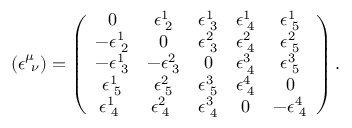
( { \epsilon } _ { \ \nu } ^ { \mu } ) = \left( \begin{array} { c c c c c } { { 0 } } & { { \epsilon _ { \, \, 2 } ^ { 1 } } } & { { \epsilon _ { \, \, 3 } ^ { 1 } } } & { { \epsilon _ { \, \, 4 } ^ { 1 } } } & { { \epsilon _ { \, \, 5 } ^ { 1 } } } \\ { { - \epsilon _ { \, \, 2 } ^ { 1 } } } & { { 0 } } & { { \epsilon _ { \, \, 3 } ^ { 2 } } } & { { \epsilon _ { \, \, 4 } ^ { 2 } } } & { { \epsilon _ { \, \, 5 } ^ { 2 } } } \\ { { - \epsilon _ { \, \, 3 } ^ { 1 } } } & { { - \epsilon _ { \, \, 3 } ^ { 2 } } } & { { 0 } } & { { \epsilon _ { \, \, 4 } ^ { 3 } } } & { { \epsilon _ { \, \, 5 } ^ { 3 } } } \\ { { \epsilon _ { \, \, 5 } ^ { 1 } } } & { { \epsilon _ { \, \, 5 } ^ { 2 } } } & { { \epsilon _ { \, \, 5 } ^ { 3 } } } & { { \epsilon _ { \, \, 4 } ^ { 4 } } } & { { 0 } } \\ { { \epsilon _ { \, \, 4 } ^ { 1 } \ } } & { { \epsilon _ { \, \, 4 } ^ { 2 } \ } } & { { \epsilon _ { \, \, 4 } ^ { 3 } } } & { { 0 } } & { { - \epsilon _ { \, \, 4 } ^ { 4 } } } \end{array} \right) .